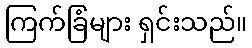
ကြက်ခြံများ ရှင်းသည်။